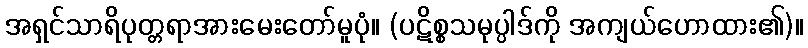
အရှင်သာရိပုတ္တရာအားမေးတော်မူပုံ။ (ပဋိစ္စသမုပ္ပါဒ်ကို အကျယ်ဟောထား၏)။